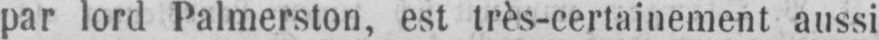
par lord Palmerston, est très-certainement aussi